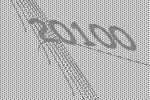
20100